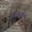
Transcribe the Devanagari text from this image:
सायकियेट्रिक